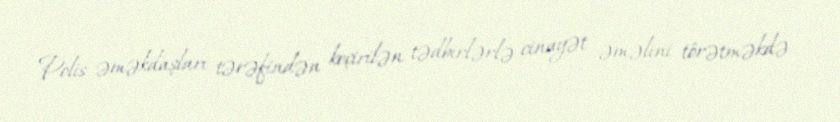
Polis əməkdaşları tərəfindən keçirilən tədbirlərlə cinayət əməlini törətməkdə